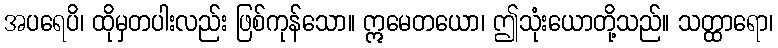
အပရေပိ၊ ထိုမှတပါးလည်း ဖြစ်ကုန်သော။ ဣမေတယော၊ ဤသုံးယောတို့သည်။ သတ္ထာရော၊